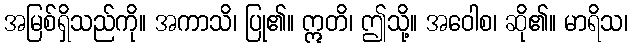
အမြစ်ရှိသည်ကို။ အကာသိ၊ ပြု၏။ ဣတိ၊ ဤသို့။ အဝေါစ၊ ဆို၏။ မာရိသ၊